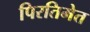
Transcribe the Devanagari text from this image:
पिरतिमेत